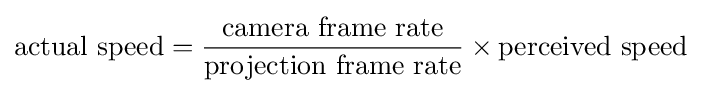
\mathrm {actual\ speed} ={\frac {\mathrm {camera\ frame\ rate} }{\mathrm {projection\ frame\ rate} }}\times \mathrm {perceived\ speed}